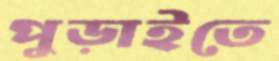
পুড়াইতে